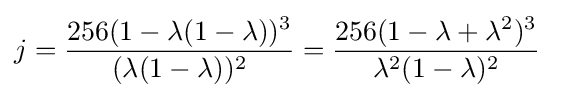
j={\frac {256(1-\lambda (1-\lambda ))^{3}}{(\lambda (1-\lambda ))^{2}}}={\frac {256(1-\lambda +\lambda ^{2})^{3}}{\lambda ^{2}(1-\lambda )^{2}}}\